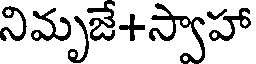
నిమృజే+స్వాహా